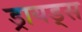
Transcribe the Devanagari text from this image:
ड्रायड्स